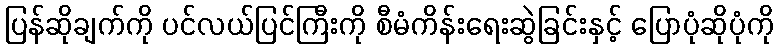
ပြန်ဆိုချက်ကို ပင်လယ်ပြင်ကြီးကို စီမံကိန်းရေးဆွဲခြင်းနှင့် ပြောပုံဆိုပုံကို